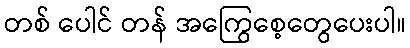
တစ် ပေါင် တန် အကြွေစေ့တွေပေးပါ။